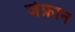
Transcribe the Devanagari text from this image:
जेफ्रान